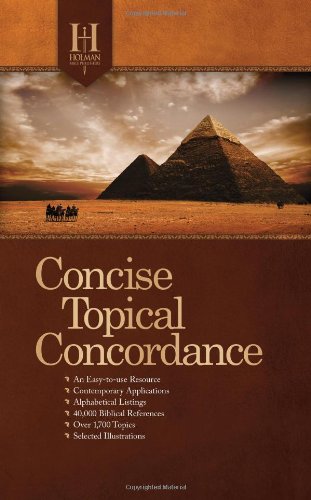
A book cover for Holman Concise Topical Concordance; Holman Bible Editorial Staff; Christian Books & Bibles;